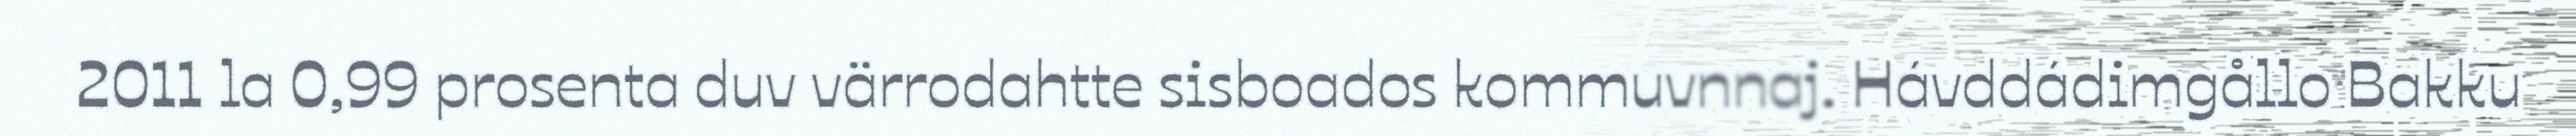
2011 la 0,99 prosenta duv värrodahtte sisboados kommuvnnaj. Hávddádimgållo Bakku